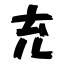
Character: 充